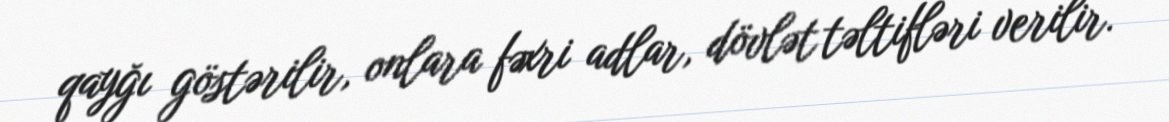
qayğı göstərilir, onlara fəxri adlar, dövlət təltifləri verilir.